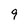
Character: 9